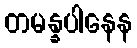
တမန္နပါနေန